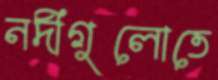
নদীগুলোতে